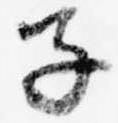
子